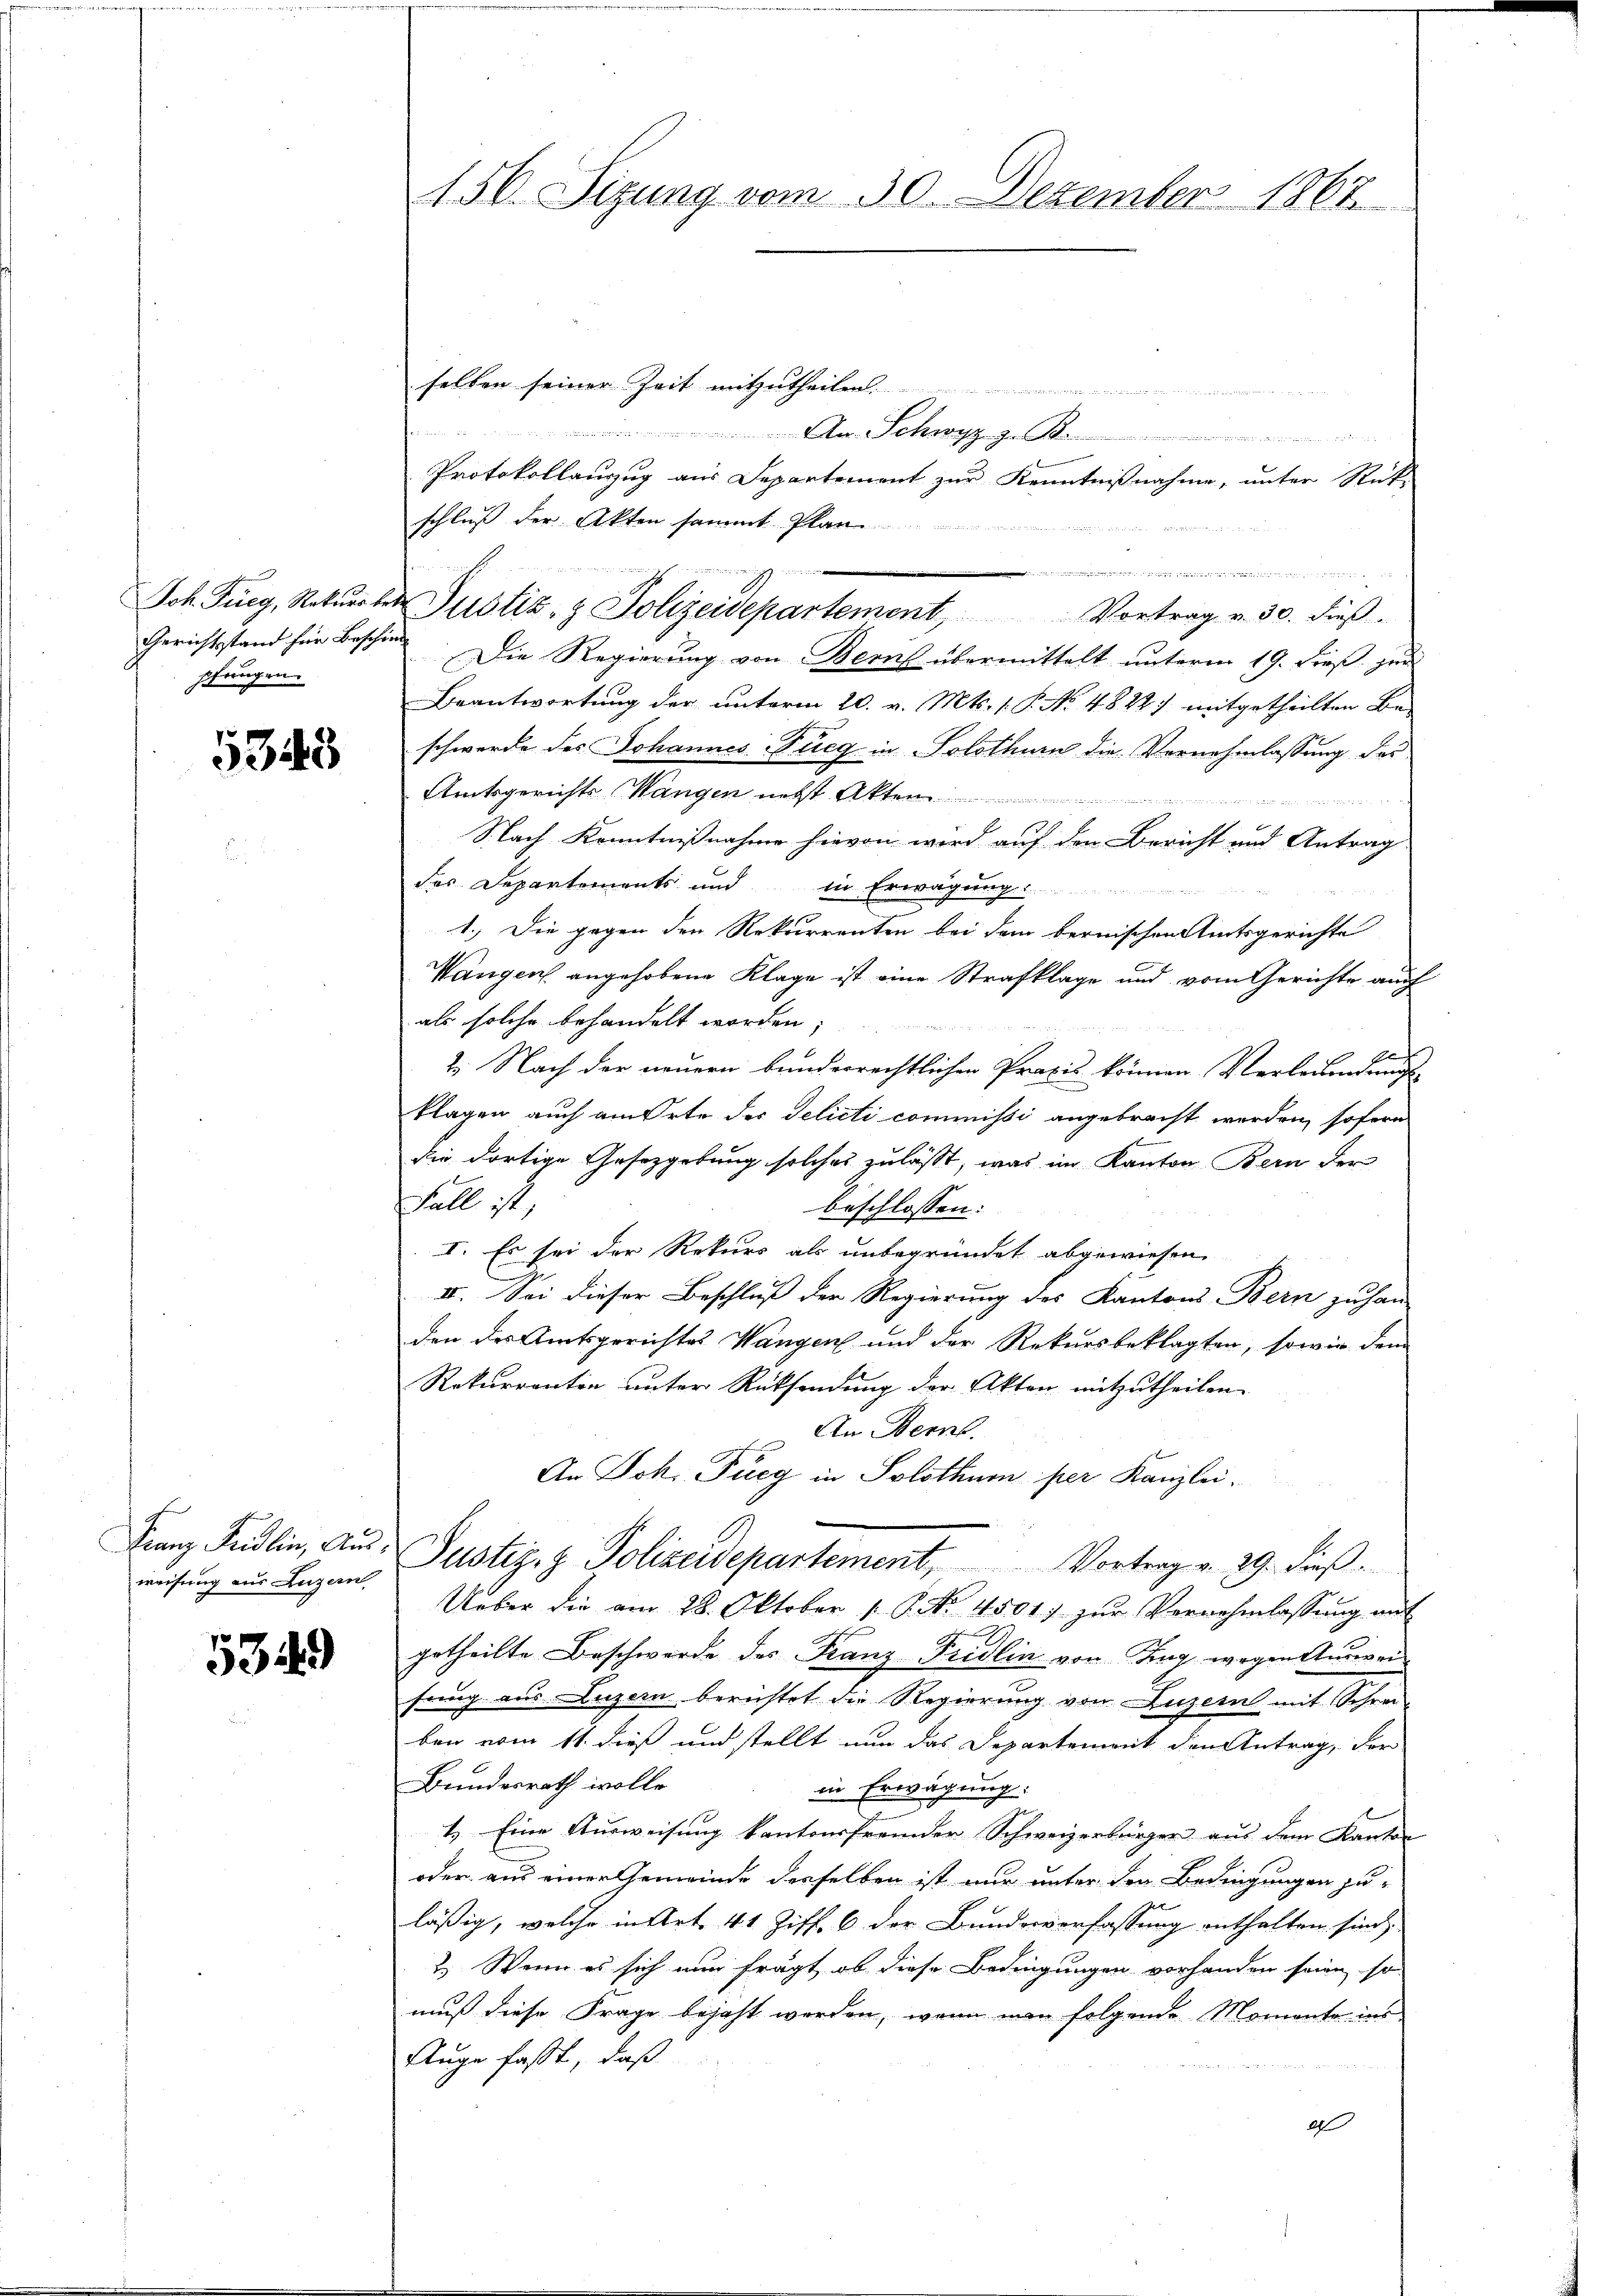
Gerichtsstand für Beschied
pfungen.

weisung aus Luzern

selben seiner Zeit mitzutheilen.

A Schwyz z
Protokollauszug aus Departement zur Kenntnißnahme, unter Rück-
schluß der Akten sammt Plan

Die Regierung von Bern übermittelt unterm 19. Dieß zur
Beantwortung der unterm 20. v. Mts. 1. P. No. 4822) mitgetheilten Be-
 schwerde der Johannes Krieg in Solothurn die Vornehmlassung der
Amtsgerichts Wangen nebst Akten
Nach Kenntnißnahme hievon wird auf den Bericht und Antrag
des Departements und in Erwägung
1.) Die gegen den Rekurrenten bei dem bernischen Amtsgerichte
Wangen angehobene Klage ist eine Strafklage und vom Gerichte auch
als solche behandelt worden;
2. Nach der neuern bunderrechtlichen Praxis können Verleibenden
klagen auch am Orte des Delicti commissi angebracht werden, sofern
die dortige Gesetzgebung solches zulässt, was im Kanton Bern der
Fall ist,
beschlossen:
I. Es sei der Rekurs als unbegründet abgewiesen.
IV. Sei dieser Beschluß der Regierung des Kantons Bern zu han-
den des Amtsgerichtes Wangen und der Rekursbeklagten, sowie dem
Rekurrentin unter Rücksendung der Akten mitzutheilen.
An Bern.
An Joh. Fucg in Solothum per Kanzlei.
m
Franz Fridlin, Aus- Justiz- & Polizeidepartement, Vortrag v. 29. dieß
Ueber die am 28. Oktober 1 S. Nr. 4501) zŭr Vernehmlassŭng mit
  getheilte Beschwerde des Franz Fridlin von Tag wegen Aŭsweifang aus Luzern berichtet die Regierung von Luzern mit Schreiben vom 11. dieß und stellt nun das Departement den Antrag, der
Bundesrath wolle
in Erwägung:
1.) Eine Ausweisung kantonsfremder Schweizerbürger aus dem Kanton
oder aus einer Gemeinde derselben ist nur unter den Bedingungen zu-
läßig, welche in Art. 41 Ziff. 6 der Bundesverfassung enthalten sind,
2. Wenn es sich nun fragt, ob diese Bedingungen vorhanden seinen, so
muss diese Frage bejaht werden, wenn man folgende Momente ins
Auge faßt, daß
a

156. Sitzung vom 30. Dezember 1867

.
Joh. Furg, Rekŭrren Justiz- & Polizeidepartement, Vortrag v. 30. dies